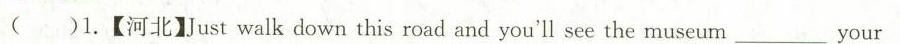
( )1.【河北】Just walk down this road and you'll see the museum ___ your